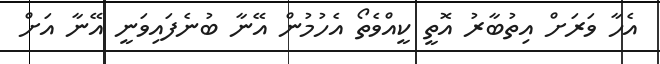
އެހާ ވަރަށް އިތުބާރު އޮތީ ކީއްވެތޯ އެހުމުން އޭނާ ބުނެފައިވަނީ އޭނާ އަށް